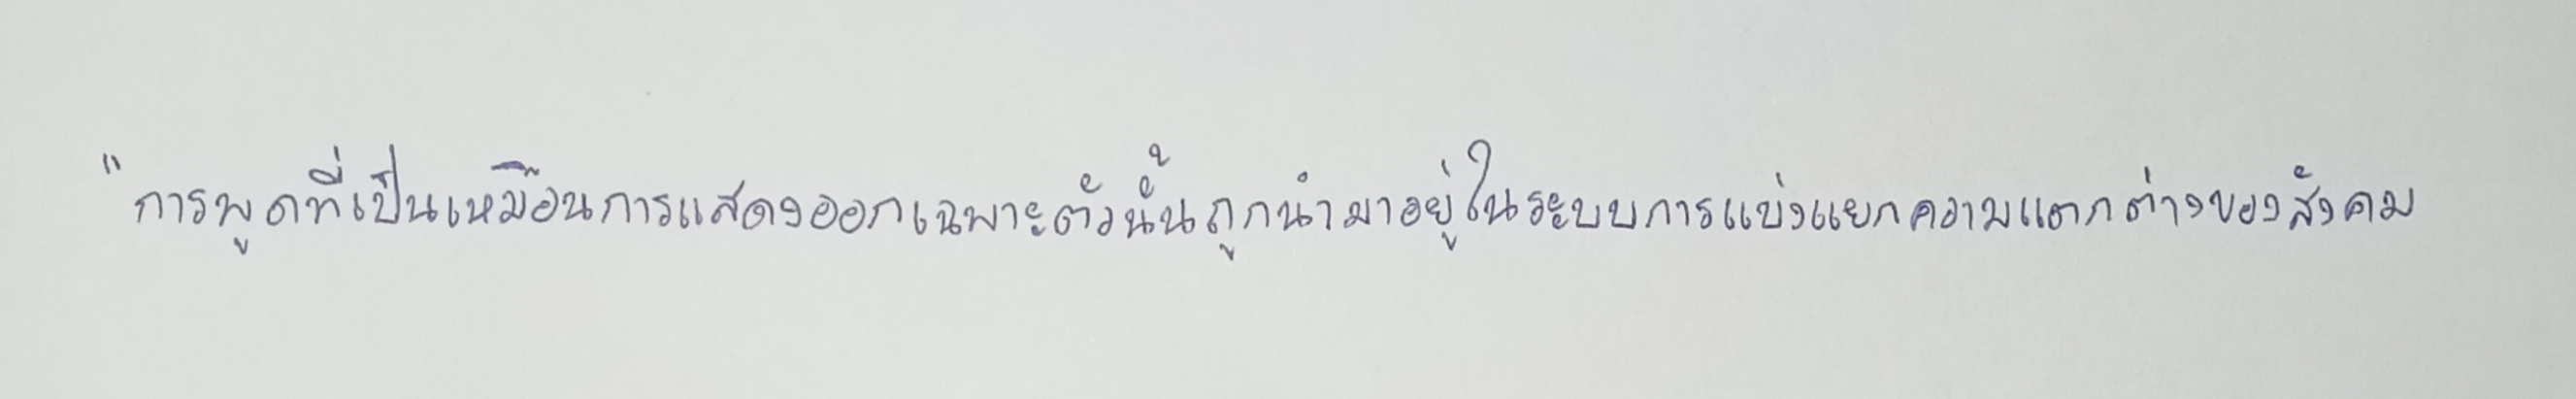
"การพูดที่เป็นเหมือนการแสดงออกเฉพาะตัวนั้นถูกนำมาอยู่ในระบบการแบ่งแยกความแตกต่างของสังคม